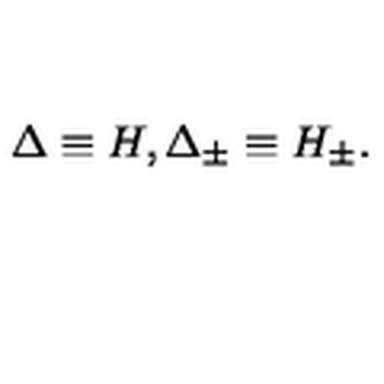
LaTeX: \Delta \equiv H , \Delta _ { \pm } \equiv H _ { \pm } .